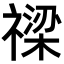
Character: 𥛫